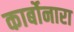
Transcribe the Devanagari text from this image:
कार्बोनारा